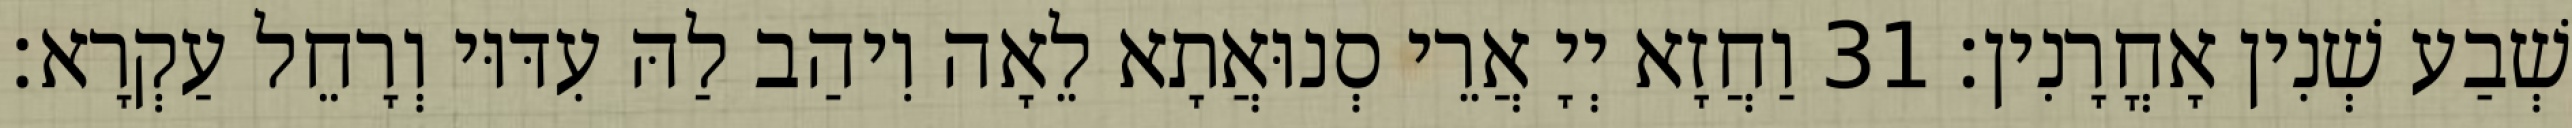
שְׁבַע שְׁנִין אָחֳרָנִין׃ 31 וַחֲזָא יְיָ אֲרֵי סְנוּאֲתָא לֵאָה וִיהַב לַהּ עִדּוּי וְרָחֵל עַקְרָא׃